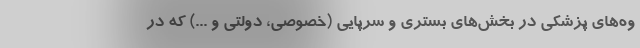
وه‌های پزشکی در بخش‌های بستری و سرپایی (خصوصی، دولتی و ...) که در